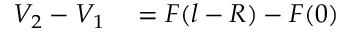
\begin{array} { r l } { V _ { 2 } - V _ { 1 } } & { { } = F ( l - R ) - F ( 0 ) } \end{array}